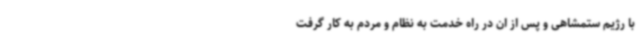
با رژیم ستمشاهی و پس از ان در راه خدمت به نظام و مردم به کار گرفت